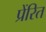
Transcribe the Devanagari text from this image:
प्रेंरित